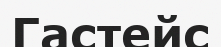
Гастейс